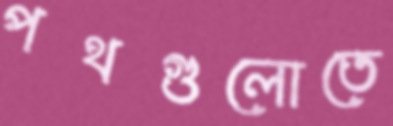
পথগুলোতে